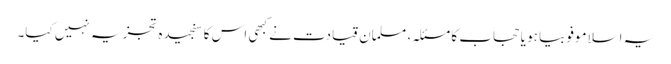
یہ اسلاموفوبیا ہو یا حجاب کا مسئلہ، مسلمان قیادت نے کبھی اس کا سنجیدہ تجزیہ نہیں کیا۔